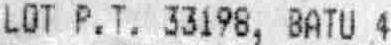
LOT P.T. 33198, BATU 4